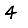
Digit: 4